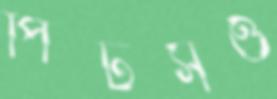
পিটসও